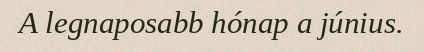
A legnaposabb hónap a június.